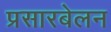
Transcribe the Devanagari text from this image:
प्रसारबेलन